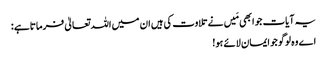
یہ آیات جو ابھی مَیں نے تلاوت کی ہیں ان میں اللہ تعالیٰ فرماتاہے :
اے وہ لوگو جو ایمان لائے ہو!